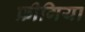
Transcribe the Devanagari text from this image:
फ्रीगिया